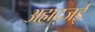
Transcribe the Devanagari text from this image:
अह्मद्जई